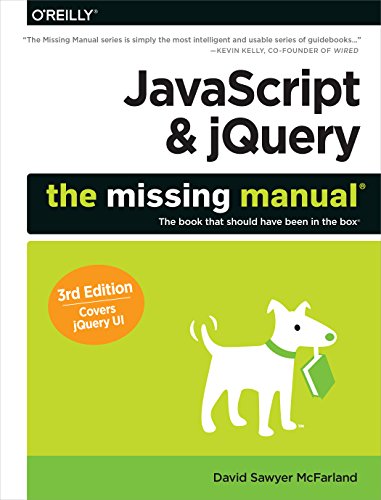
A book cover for JavaScript & jQuery: The Missing Manual (Missing Manuals); David Sawyer McFarland; Computers & Technology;